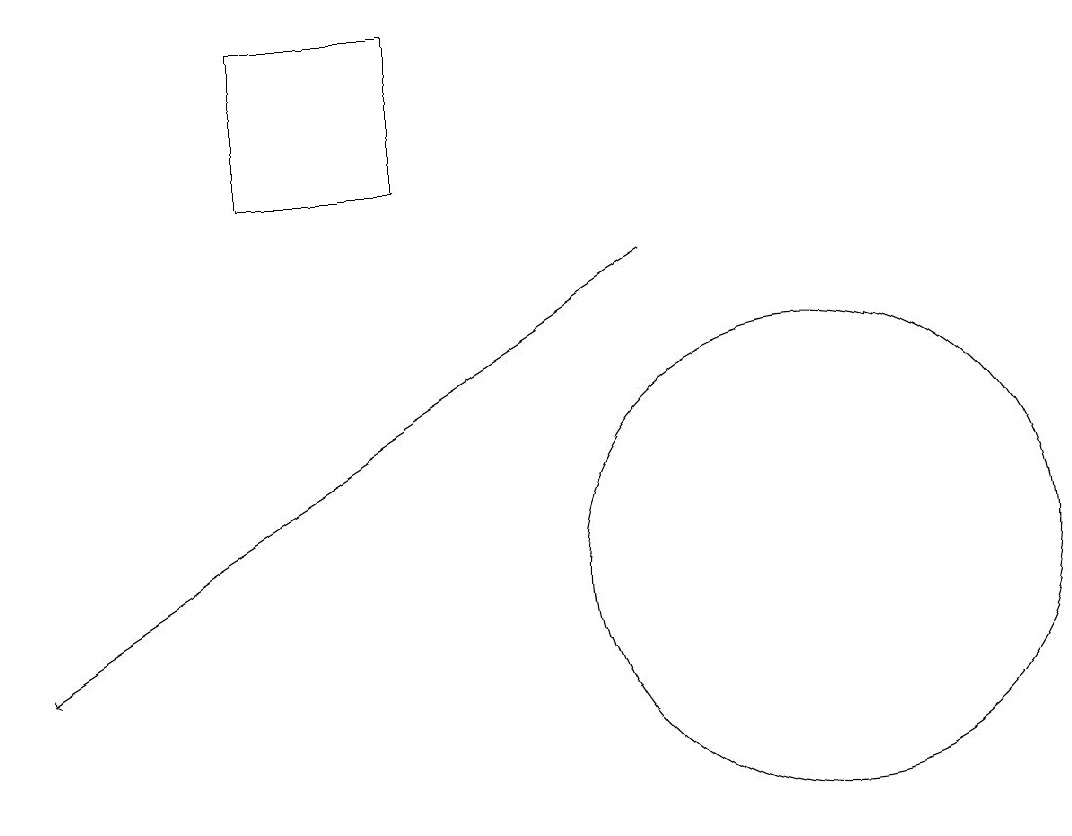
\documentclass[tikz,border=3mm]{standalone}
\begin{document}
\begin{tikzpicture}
\draw (6,16) rectangle (4,18);
\draw (11,11) circle (3);
\draw[->] (9,15) -- (1,10);
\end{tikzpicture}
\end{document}